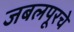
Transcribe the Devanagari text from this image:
जबलपूरचे